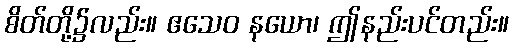
စိတ်တို့၌လည်း။ ဧသေဝ နယော၊ ဤနည်းပင်တည်း။